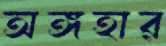
অঙ্গহার